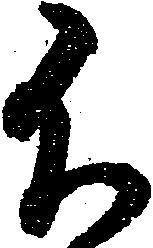
不